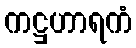
ကဋ္ဌဟာရကံ